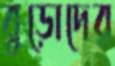
বুড়োদের